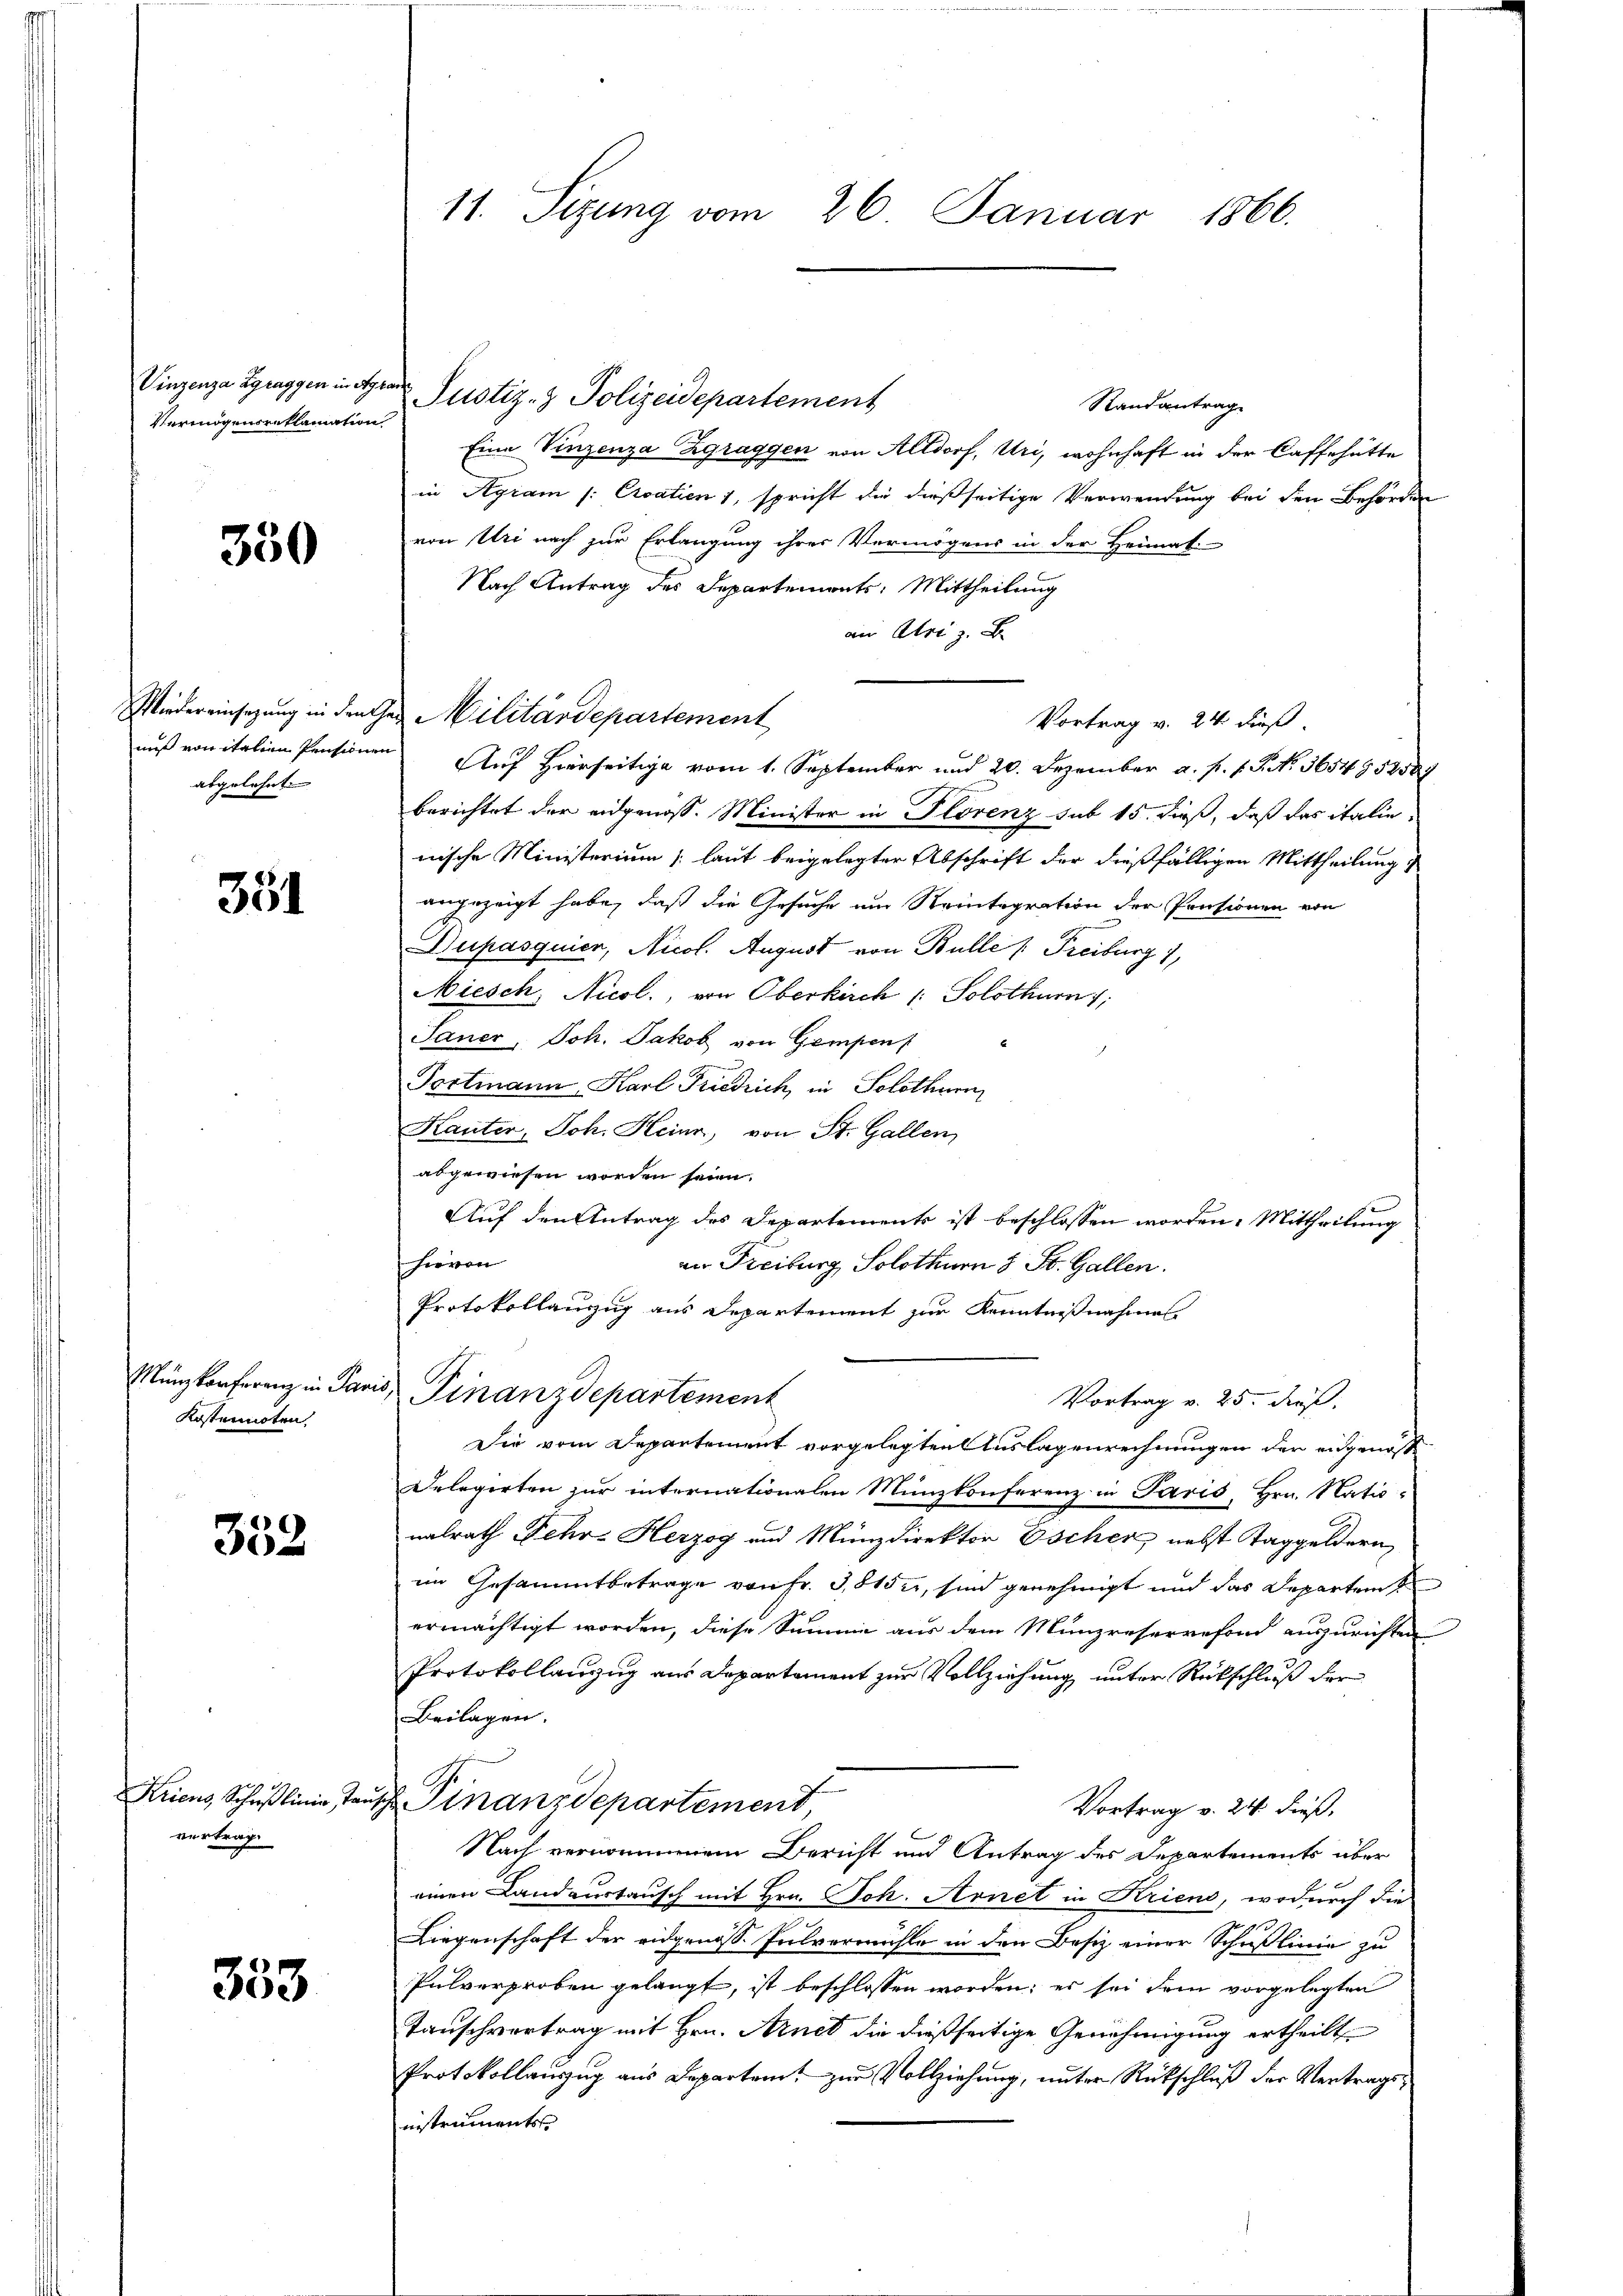
Vermögensreklamation

350

abgelehnt.

351

Mungkonferenz in Par
Kostennoten.

332

Krieng, Schußlinie, Tavertrag

353

Standantrage
Eine Vinzenza Zgraggen von Altdorf, Uri, wohnhaft in der Caffehütte
in Agram /: Croatien 1, spricht die dießseitige Verwendung bei den Behörden
von Uri nach zur Erlangung ihrer Vermögens in der Heimati
Nach Antrag des Departements: Mittheilung
am Atri z. B.
nuß von italien Pensionen Auf Hierseitige vom 1. September und 20. Dezember a. p. f. P. No. 365495254
berichtet der eidgenoss. Minister in Florenz sub 15. dieß, daß das italie
nische Ministerium (laut beigelegter Abschrift der dießfälligen Mittheilung
angezeigt habe, daß die Gesuche um Steintogration der Pensionen von
Dupasquier, Nicol. August von Bulle Freiburg 1
Niesch, Nicol., von Oberkirch /: Solothur;
Janer, Joh. Jakob von Gempens
Portmann, Karl Friedrich, in Solothurn
Kauter, Joh. Heinr, von St. Gallen,
abgewiesen worden seien.
Auf den Antrag des Departements ist beschlossen worden. Mittheilung
hievon
an Freiburg, Solothurn 8 St. Gallen.
Protokollanzug aus Departement zur Kenntnißnahmes
as Finanzdepartement
Vortrag v. 25. dieß.
Die vom Departement vorgelegten Auslagenrechnungen der eidgenosse
Delegirten zur internationalen Münzkonferenz in Paris, Hrn. Natio-
nalrath Fehr- Herzog und Münzdirektor Escher nebst Taggeldern,
im Gesammtbetrage von Fr. 3,8152, sind genehmigt und das Departen
ermächtigt worden, diese Summe aus dem Münzreservefond auszurichten
Protokollanzug aus Departement zur Vollziehung unter Rückschluß der
Beilagen.
 Finanzdepartement,
Vortrag v. 24. dieß,
Nach vernommenem Bericht und Antrag des Departements über
einen Landaustausch mit Hrn. Joh. Arnet in Kriens, wodurch die
Liegenschaft der eidgenoss. Pulvermühle in den Besiz einer Schußlinie zu
Pulverproben gelangt, ist beschlossen worden; er sei dem vorgelegten
Tauschvertrag mit Hrn. Arnet die dießseitige Genehmigung ertheilt
Protokollauszug aus Departen zur Vollziehung, unter Rückschluß der Vertragsnnstruments.

11. Sizung vom 26. Januar 1866.

Vinzenza Zgraggen in der Justiz- & Polizeidepartement

Wiedereinsatzung in den Ges Militärdepartement

Vortrag v. 24 dieß.